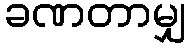
ခဏတာမျှ